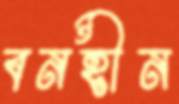
বনহীন